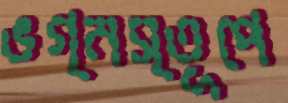
ভগ্নস্তূপে